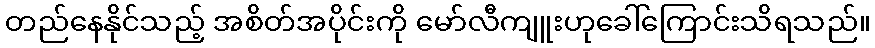
တည်နေနိုင်သည့် အစိတ်အပိုင်းကို မော်လီကျူးဟုခေါ်ကြောင်းသိရသည်။